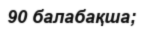
90 балабақша;